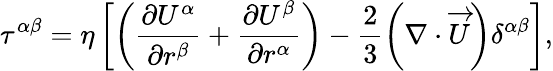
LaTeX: \tau^{\alpha\beta}=\eta\left[\left(\frac{\partial U^{\alpha}}{\partial r^{\beta}}+\frac{\partial U^{\beta}}{\partial r^{\alpha}}\right)-\frac{2}{3}\left(\nabla\cdot\overrightarrow{U}\right)\delta^{\alpha\beta}\right],